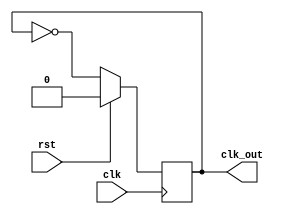
`timescale 1ns / 1ps
module divide_by_2(clk_out,clk,rst);
input clk,rst;
output reg clk_out;
initial begin
 clk_out = 0;
 end
 always @(posedge clk ) 
 begin
    if (rst)
    begin
    clk_out <= 0;
    end
  else 
    begin
    clk_out <= ~clk_out;
    end
 end

endmodule